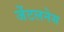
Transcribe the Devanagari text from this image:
जेंटलनेस